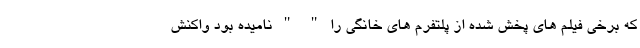
که برخی فیلم های پخش شده از پلتفرم های خانگی را " " نامیده بود واکنش